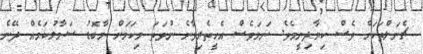
ޗެނަލްތަކަށް ވެސް ކިޔާދިނީމެވެ. ނަމަވެސް އެހީތެރިވާނެ ނުވަތަ މިކަމަށް މާބޮޑު ސަމާލުކަމެއް ދޭނެ